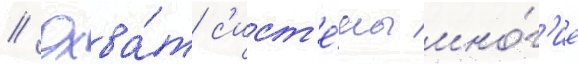
// Охва́т с'ист'е́мы мно́г'ие